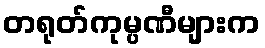
တရုတ်ကုမ္ပဏီများက